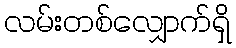
လမ်းတစ်လျှောက်ရှိ